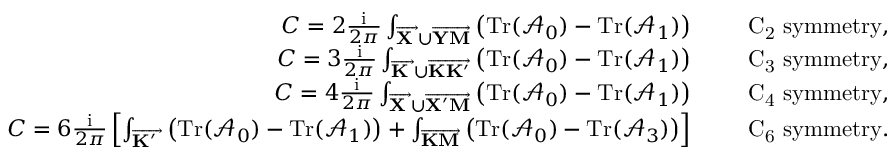
\begin{array} { r } { C = 2 \frac { \mathrm { i } } { 2 \pi } \int _ { \overrightarrow { \bf X \Gamma } \cup \overrightarrow { \bf Y M } } \left( \mathrm { T r } ( \mathcal { A } _ { 0 } ) - \mathrm { T r } ( \mathcal { A } _ { 1 } ) \right) \quad \quad \mathrm { ~ C _ 2 ~ s y m m e t r y } , } \\ { C = 3 \frac { \mathrm { i } } { 2 \pi } \int _ { \overrightarrow { \bf K \Gamma } \cup \overrightarrow { \bf K K ^ { \prime } } } \left( \mathrm { T r } ( \mathcal { A } _ { 0 } ) - \mathrm { T r } ( \mathcal { A } _ { 1 } ) \right) \quad \quad \mathrm { ~ C _ 3 ~ s y m m e t r y } , } \\ { C = 4 \frac { \mathrm { i } } { 2 \pi } \int _ { \overrightarrow { \bf X \Gamma } \cup \overrightarrow { \bf X ^ { \prime } M } } \left( \mathrm { T r } ( \mathcal { A } _ { 0 } ) - \mathrm { T r } ( \mathcal { A } _ { 1 } ) \right) \quad \quad \mathrm { ~ C _ 4 ~ s y m m e t r y } , } \\ { C = 6 \frac { \mathrm { i } } { 2 \pi } \left[ \int _ { \overrightarrow { \bf K ^ { \prime } \Gamma } } \left( \mathrm { T r } ( \mathcal { A } _ { 0 } ) - \mathrm { T r } ( \mathcal { A } _ { 1 } ) \right) + \int _ { \overrightarrow { \bf K M } } \left( \mathrm { T r } ( \mathcal { A } _ { 0 } ) - \mathrm { T r } ( \mathcal { A } _ { 3 } ) \right) \right] \quad \quad \mathrm { ~ C _ 6 ~ s y m m e t r y } . } \end{array}